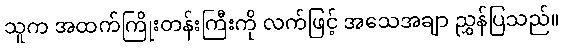
သူက အထက်ကြိုးတန်းကြီးကို လက်ဖြင့် အသေအချာ ညွှန်ပြသည်။